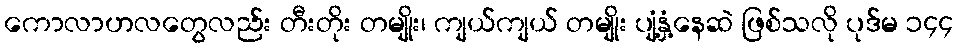
ကောလာဟလတွေလည်း တီးတိုး တမျိုး၊ ကျယ်ကျယ် တမျိုး ပျံ့နှံ့နေဆဲ ဖြစ်သလို ပုဒ်မ ၁၄၄